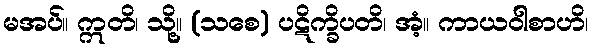
မအပ်။ ဣတိ၊ သို့။ (သစေ) ပဋိက္ခိပတိ၊ အံ့။ ကာယဝါစာဟိ၊